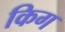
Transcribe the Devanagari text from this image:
किग